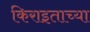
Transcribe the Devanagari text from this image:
किराइताच्या